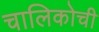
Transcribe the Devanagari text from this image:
चालिकोची